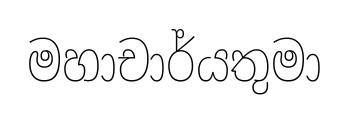
මහාචාර්යතුමා